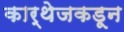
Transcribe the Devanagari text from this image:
कार्थेजकडून